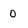
Character: o